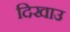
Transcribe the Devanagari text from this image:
दिखाउ